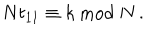
N t _ { 1 1 } \equiv k \ \mathrm { m o d } \ N \, .